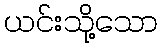
ယင်းသို့သော